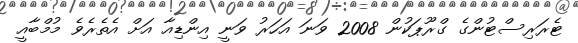
ޓެރަރިސްޓުންގެ ގްރޫޕަކުން 2008 ވަނަ އަހަރު ވަނީ އިންޑިއާ އަށް އެތެރެވެ މުމްބާއީ